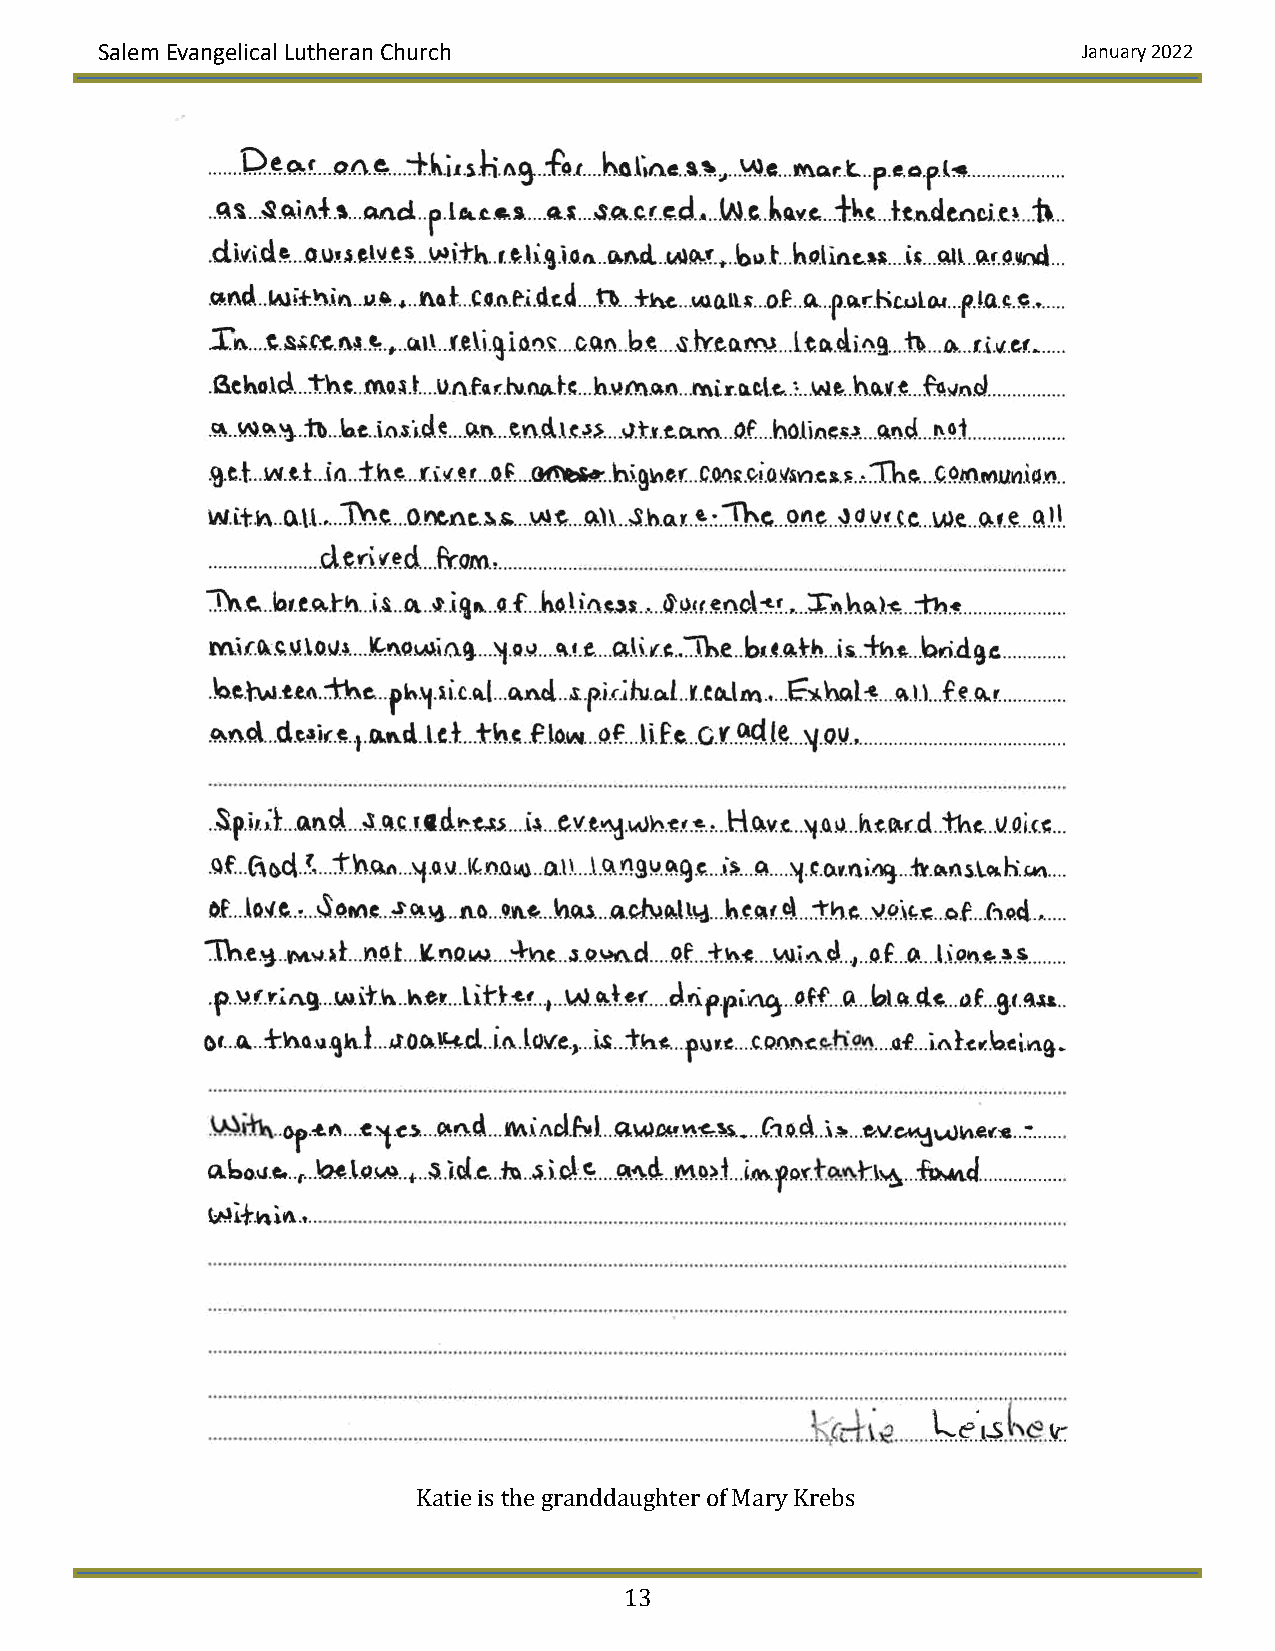
Salem Evangelical Lutheran Church                                January 2022
 Katie is the granddaughter of Mary Krebs
 13